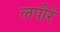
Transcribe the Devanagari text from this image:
लपीरे